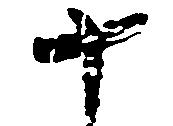
十